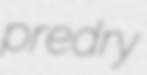
predry